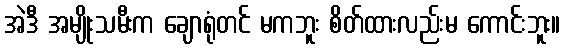
အဲဒီ အမျိုးသမီးက ချောရုံတင် မကဘူး စိတ်ထားလည်းမ ကောင်းဘူး။